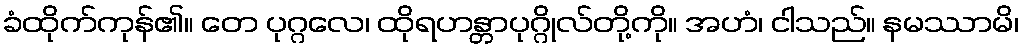
ခံထိုက်ကုန်၏။ တေ ပုဂ္ဂလေ၊ ထိုရဟန္တာပုဂ္ဂိုလ်တို့ကို။ အဟံ၊ ငါသည်။ နမဿာမိ၊